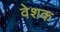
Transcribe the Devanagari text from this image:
वेशक